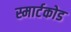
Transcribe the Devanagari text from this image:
स्मार्टकोड